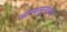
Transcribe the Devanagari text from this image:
आन्श्लुसच्या